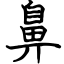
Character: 鼻